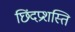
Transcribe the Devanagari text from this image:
छिंदप्रशस्ति